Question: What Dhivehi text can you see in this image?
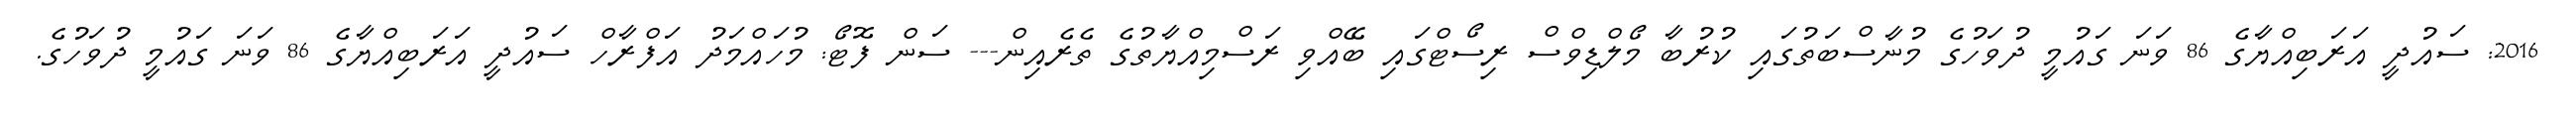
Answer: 2016: ސައުދީ އަރަބިއްޔާގެ 86 ވަނަ ގައުމީ ދުވަހުގެ މުނާސްބަތުގައި ކުރުބާ މޯލްޑިވްސް ރިސޯޓްގައި ބޭއްވި ރަސްމިއްޔާތުގެ ތެރެއިން--- ސަން ފޮޓޯ: މުހައްމަދު އަފްރާހް ސައުދީ އަރަބިއްޔާގެ 86 ވަނަ ގައުމީ ދުވަހުގެ.